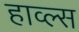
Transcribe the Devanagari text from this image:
हाव्ल्स